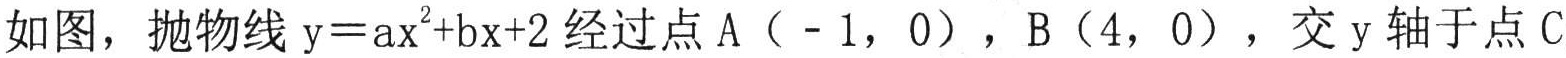
如图，抛物线\(y = ax^{2}+bx + 2\)经过点\(A(-1,0)\)，\(B(4,0)\)，交\(y\)轴于点\(C\)